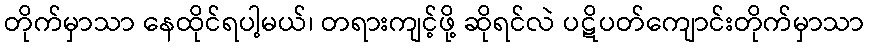
တိုက်မှာသာ နေထိုင်ရပါ့မယ်၊ တရားကျင့်ဖို့ ဆိုရင်လဲ ပဋိပတ်ကျောင်းတိုက်မှာသာ